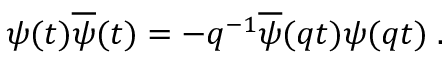
\psi ( t ) \overline { { { \psi } } } ( t ) = - q ^ { - 1 } \overline { { { \psi } } } ( q t ) \psi ( q t ) \; .